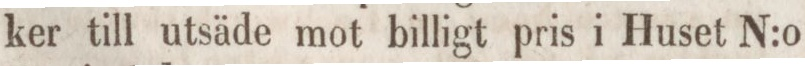
ker till utsäde mot billigt pris i Huset N:o